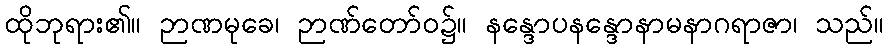
ထိုဘုရား၏။ ဉာဏမုခေ၊ ဉာဏ်တော်ဝ၌။ နန္ဒောပနန္ဒောနာမနာဂရာဇာ၊ သည်။